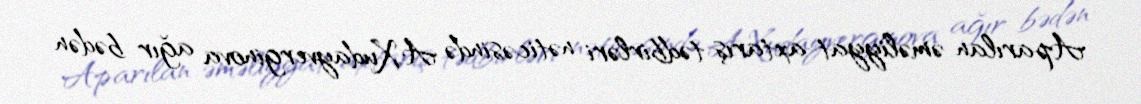
Aparılan əməliyyat-axtarış tədbirləri nəticəsində A.Xudayverginova ağır bədən